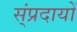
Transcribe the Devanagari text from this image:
स्ंप्रदायों